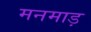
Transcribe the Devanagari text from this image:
मनमाड़